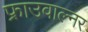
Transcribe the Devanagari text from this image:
फ्राउवाल्नर